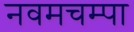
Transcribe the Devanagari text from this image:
नवमचम्पा